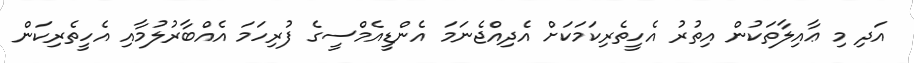
އަދި މި ޢާއިލާތަކުން އިތުރު އެހީތެރިކަމަކަށް އެދިއްޖެނަމަ އެންޑީއެމްސީގެ ފުރިހަމަ އެއްބާރުލުމާއި އެހީތެރިކަން